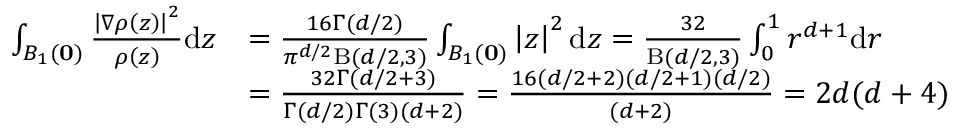
\begin{array} { r l } { \int _ { B _ { 1 } ( \mathbf { 0 } ) } \frac { \left| \nabla \rho \left( z \right) \right| ^ { 2 } } { \rho \left( z \right) } \mathrm { d } z } & { = \frac { 1 6 \Gamma ( d / 2 ) } { \pi ^ { d / 2 } \mathrm { B } ( d / 2 , 3 ) } \int _ { B _ { 1 } ( \mathbf { 0 } ) } \left| z \right| ^ { 2 } \mathrm { d } z = \frac { 3 2 } { \mathrm { B } ( d / 2 , 3 ) } \int _ { 0 } ^ { 1 } r ^ { d + 1 } \mathrm { d } r } \\ & { = \frac { 3 2 \Gamma ( d / 2 + 3 ) } { \Gamma ( d / 2 ) \Gamma ( 3 ) ( d + 2 ) } = \frac { 1 6 ( d / 2 + 2 ) ( d / 2 + 1 ) ( d / 2 ) } { ( d + 2 ) } = 2 d ( d + 4 ) } \end{array}